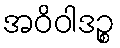
အဝိဝါဒဉ္စ